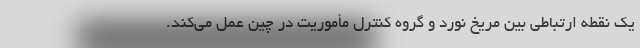
یک نقطه ارتباطی بین مریخ نورد و گروه کنترل مأموریت در چین عمل می‌کند.